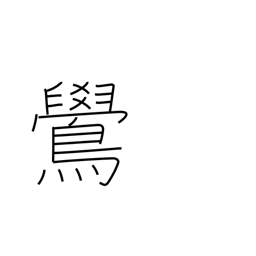
Meaning: bullfinch